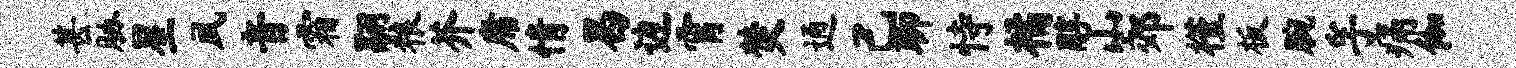
甚胁星夙音霜翮粮芥庸情曷边霄焚通己聊恃橘醇山郊槿板腕孚痛伽